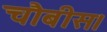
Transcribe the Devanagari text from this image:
चौबीस।